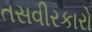
તસવીરકારો